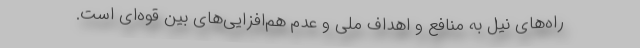
راه‌های نیل به منافع و اهداف ملی و عدم هم‌افزایی‌های بین قوه‌ای است.